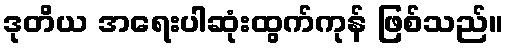
ဒုတိယ အရေးပါဆုံးထွက်ကုန် ဖြစ်သည်။